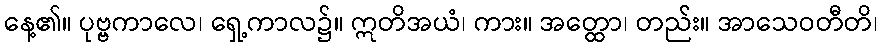
နေ့၏။ ပုဗ္ဗကာလေ၊ ရှေ့ကာလ၌။ ဣတိအယံ၊ ကား။ အတ္ထော၊ တည်း။ အာသေဝတီတိ၊